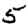
Digit: 5